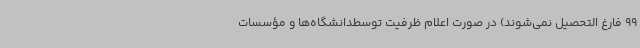
99 فارغ التحصیل نمی‌شوند) در صورت اعلام ظرفیت توسطدانشگاه‌ها و مؤسسات